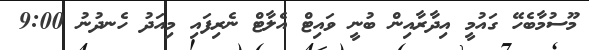
މޫސުމާބެހޭ ގައުމީ އިދާރާއިން ބުނީ ވައިޓް އެލާޓް ނެރިފައި މިއަދު ހެނދުނު 9:00